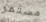
مستمر